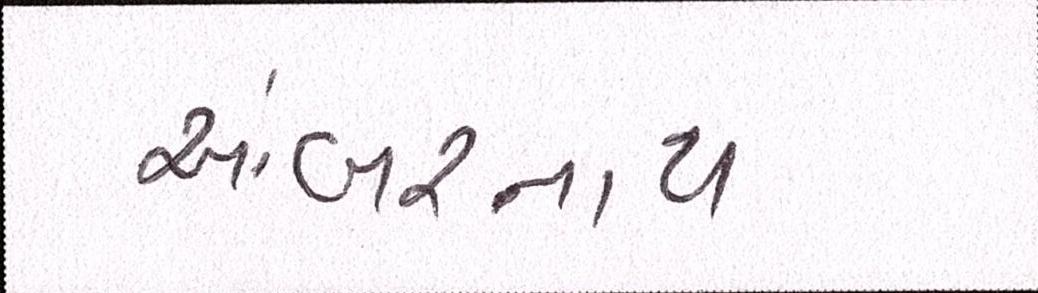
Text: અંબરનાથ